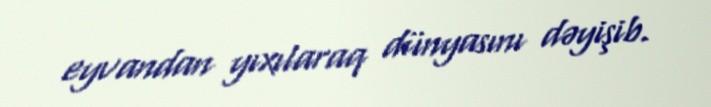
eyvandan yıxılaraq dünyasını dəyişib.